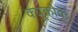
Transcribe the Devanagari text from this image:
क्यूकोकु